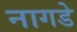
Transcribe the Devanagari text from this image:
नागडे